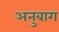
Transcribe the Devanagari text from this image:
अनुबाग